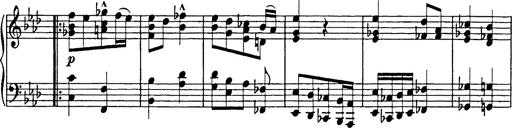
Title: 8 Variations
Composer: Franz Liszt
Key: A-flat major